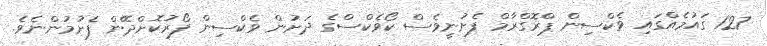
127 ގައުމެއްގައި ވެކްސިން ޕްރޮގްރާމް ފެށުނީވެސް ކޯވެކްސްގެ ދަށުން ވެކްސިން ފޯރުކޮށްދޭން ފެށުމުންނެވެ.